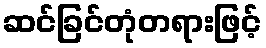
ဆင်ခြင်တုံတရားဖြင့်